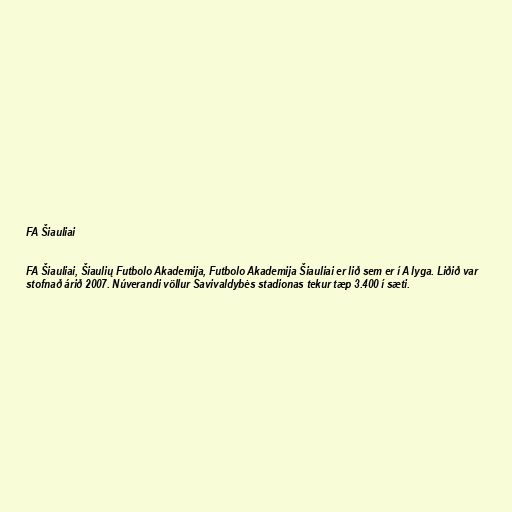
FA Šiauliai

FA Šiauliai, Šiaulių Futbolo Akademija, Futbolo Akademija Šiauliai er lið sem er í A lyga. Liðið var
stofnað árið 2007. Núverandi völlur Savivaldybės stadionas tekur tæp 3.400 í sæti.